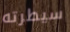
سيطرته